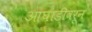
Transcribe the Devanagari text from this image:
आघाडीवरून